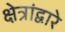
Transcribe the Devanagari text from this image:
क्षेत्रांद्वारे